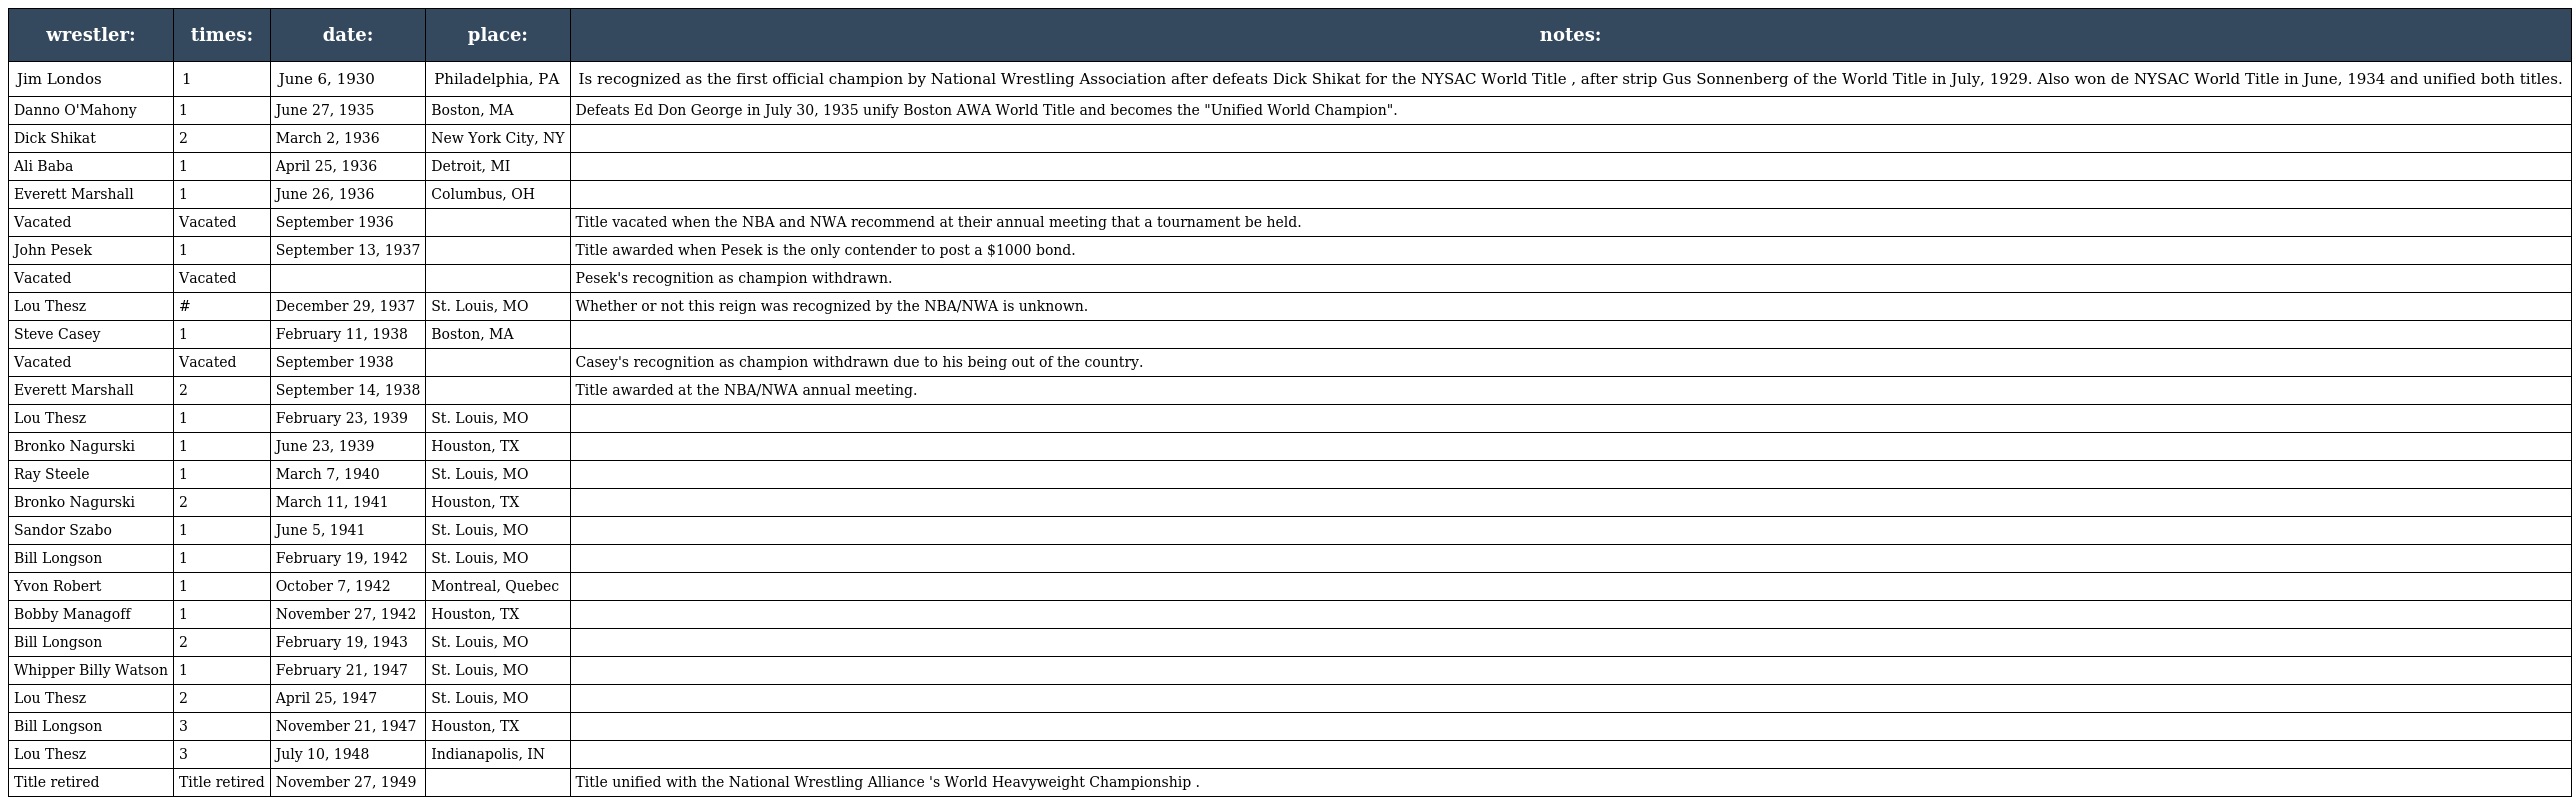
| wrestler: | times: | date: | place: | notes: |
 | --- | --- | --- | --- | --- |
 | Jim Londos | 1 | June 6, 1930 | Philadelphia, PA | Is recognized as the first official champion by National Wrestling Association after defeats Dick Shikat for the NYSAC World Title , after strip Gus Sonnenberg of the World Title in July, 1929. Also won de NYSAC World Title in June, 1934 and unified both titles. |
 | Danno O'Mahony | 1 | June 27, 1935 | Boston, MA | Defeats Ed Don George in July 30, 1935 unify Boston AWA World Title and becomes the "Unified World Champion". |
 | Dick Shikat | 2 | March 2, 1936 | New York City, NY |  |
 | Ali Baba | 1 | April 25, 1936 | Detroit, MI |  |
 | Everett Marshall | 1 | June 26, 1936 | Columbus, OH |  |
 | Vacated | Vacated | September 1936 |  | Title vacated when the NBA and NWA recommend at their annual meeting that a tournament be held. |
 | John Pesek | 1 | September 13, 1937 |  | Title awarded when Pesek is the only contender to post a $1000 bond. |
 | Vacated | Vacated |  |  | Pesek's recognition as champion withdrawn. |
 | Lou Thesz | # | December 29, 1937 | St. Louis, MO | Whether or not this reign was recognized by the NBA/NWA is unknown. |
 | Steve Casey | 1 | February 11, 1938 | Boston, MA |  |
 | Vacated | Vacated | September 1938 |  | Casey's recognition as champion withdrawn due to his being out of the country. |
 | Everett Marshall | 2 | September 14, 1938 |  | Title awarded at the NBA/NWA annual meeting. |
 | Lou Thesz | 1 | February 23, 1939 | St. Louis, MO |  |
 | Bronko Nagurski | 1 | June 23, 1939 | Houston, TX |  |
 | Ray Steele | 1 | March 7, 1940 | St. Louis, MO |  |
 | Bronko Nagurski | 2 | March 11, 1941 | Houston, TX |  |
 | Sandor Szabo | 1 | June 5, 1941 | St. Louis, MO |  |
 | Bill Longson | 1 | February 19, 1942 | St. Louis, MO |  |
 | Yvon Robert | 1 | October 7, 1942 | Montreal, Quebec |  |
 | Bobby Managoff | 1 | November 27, 1942 | Houston, TX |  |
 | Bill Longson | 2 | February 19, 1943 | St. Louis, MO |  |
 | Whipper Billy Watson | 1 | February 21, 1947 | St. Louis, MO |  |
 | Lou Thesz | 2 | April 25, 1947 | St. Louis, MO |  |
 | Bill Longson | 3 | November 21, 1947 | Houston, TX |  |
 | Lou Thesz | 3 | July 10, 1948 | Indianapolis, IN |  |
 | Title retired | Title retired | November 27, 1949 |  | Title unified with the National Wrestling Alliance 's World Heavyweight Championship . |